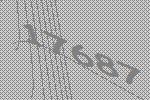
17687